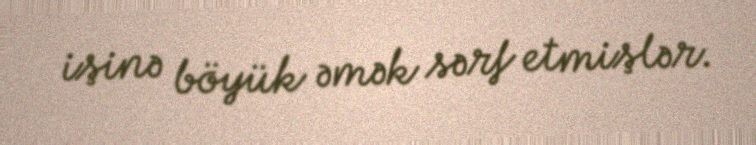
işinə böyük əmək sərf etmişlər.